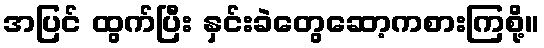
အပြင် ထွက်ပြီး နှင်းခဲတွေဆော့ကစားကြစို့။